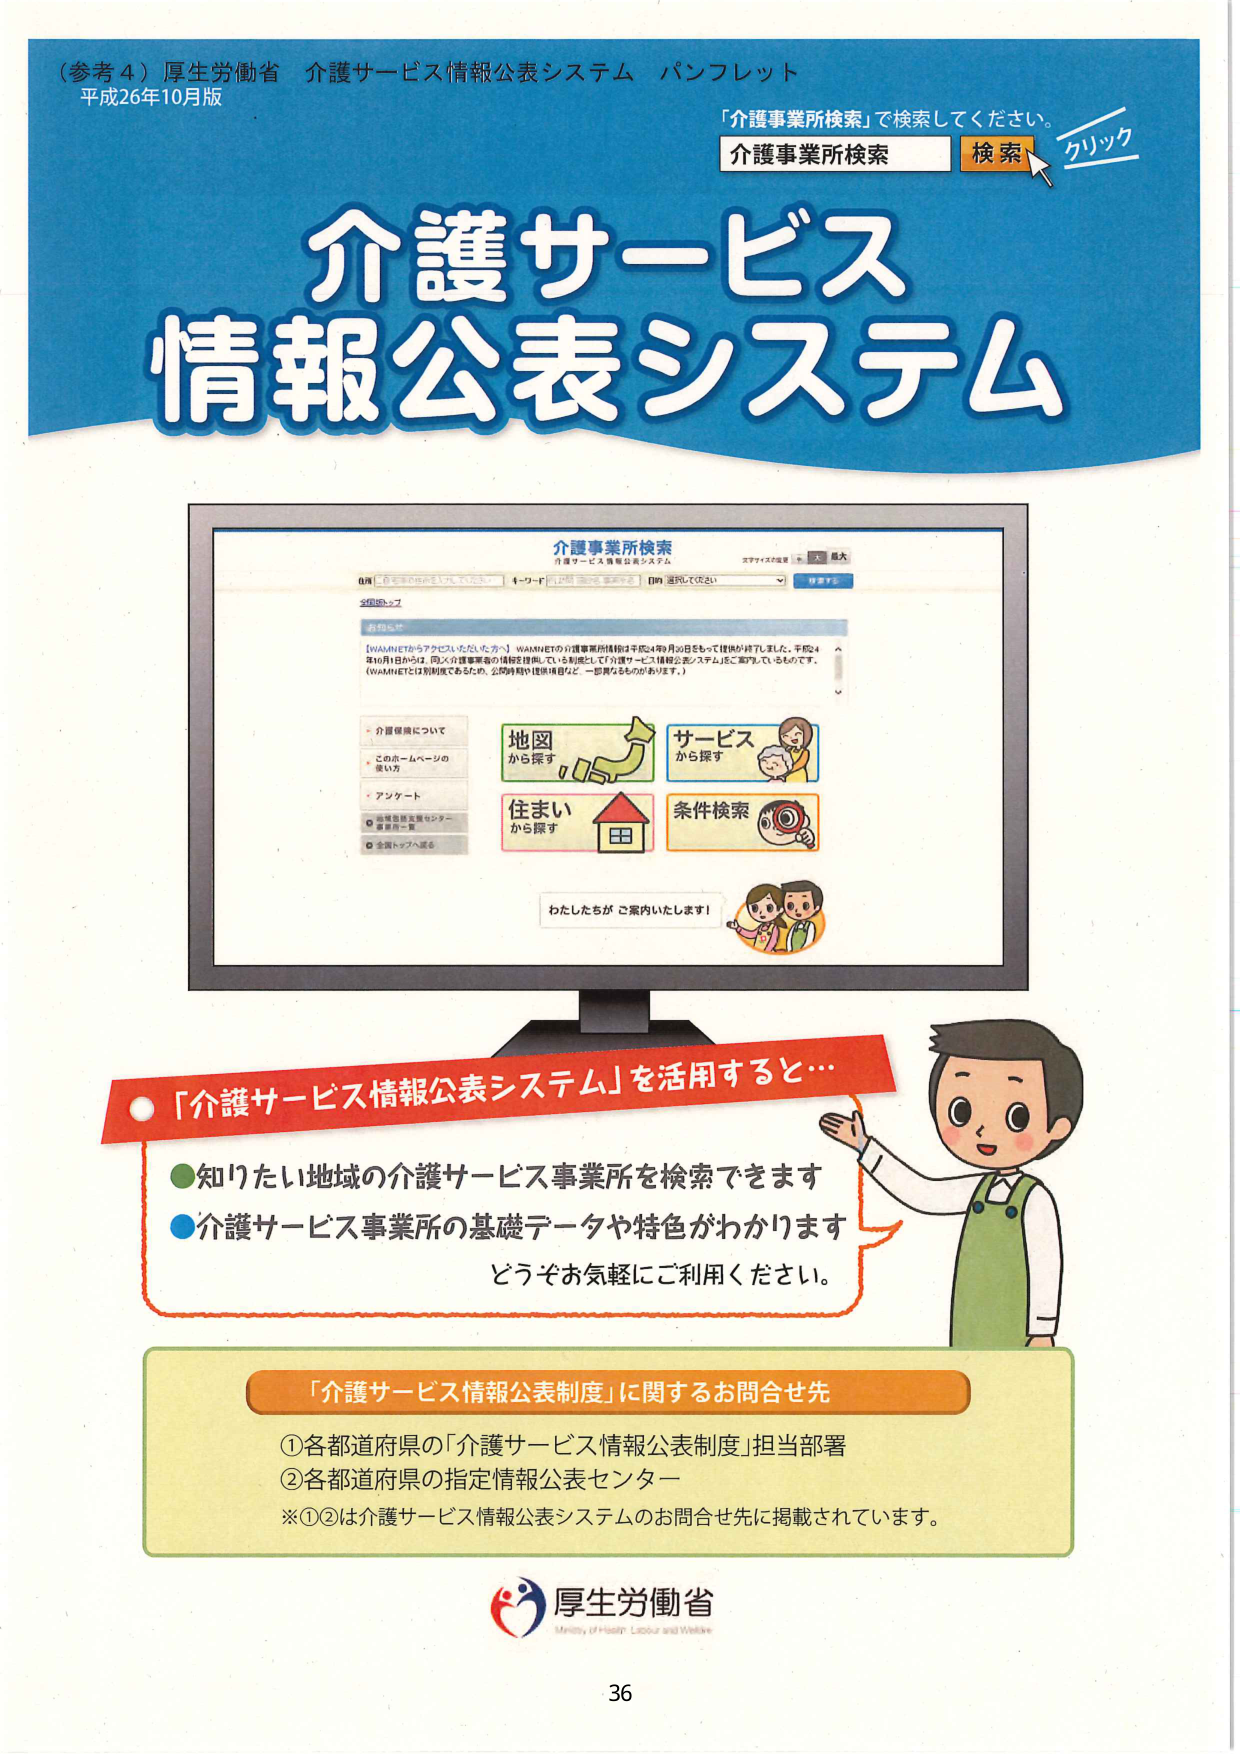
（参考４）厚生労働省 介護サービス情報公表システム パンフレット
平成26年10月版

「介護事業所検索」で検索してください。
介護事業所検索 検索 クリック

介護サービス
情報公表システム

介護事業所検索
介護サービス情報公表システム

[WAAMNETからアクセスいただいた方へ] WAAMNETの介護事業所情報は平成24年9月30日をもって提供が終了しました。平成24年10月1日からは、同じく介護事業者の情報を提供している制度として「介護サービス情報公表システム」をご案内しています。（WAAMNETでは別制度であるため、公開時期や提供項目など、一部異なるものがあります。）

・介護保険について
・このホームページの使い方
・アンケート
○ 指定情報公表センター
○ 全国トップへ戻る

地図
から探す

サービス
から探す

住まい
から探す

条件検索

わたしたちが ご案内いたします！

「介護サービス情報公表システム」を活用すると…
● 知りたい地域の介護サービス事業所を検索できます
● 介護サービス事業所の基礎データや特色がわかります
どうぞお気軽にご利用ください。

「介護サービス情報公表制度」に関するお問合せ先
① 各都道府県の「介護サービス情報公表制度」担当部署
② 各都道府県の指定情報公表センター
※①②は介護サービス情報公表システムのお問合せ先に掲載されています。

厚生労働省
Ministry of Health, Labour and Welfare

36